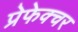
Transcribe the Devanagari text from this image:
प्रेफेक्चर